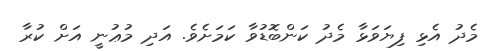
މެދު އެޅި ފިޔަވަޅާ މެދު ކަންބޮޑުވާ ކަމަށެވެ. އަދި މުޢުނީ އަށް ކުރާ